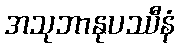
အသုဘာနုပဿီနံ